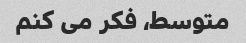
متوسط، فکر می کنم